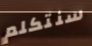
سنتكلم